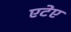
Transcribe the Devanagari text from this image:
एटेए